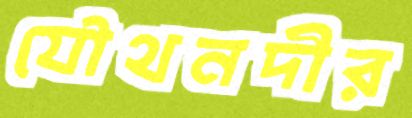
যৌথনদীর